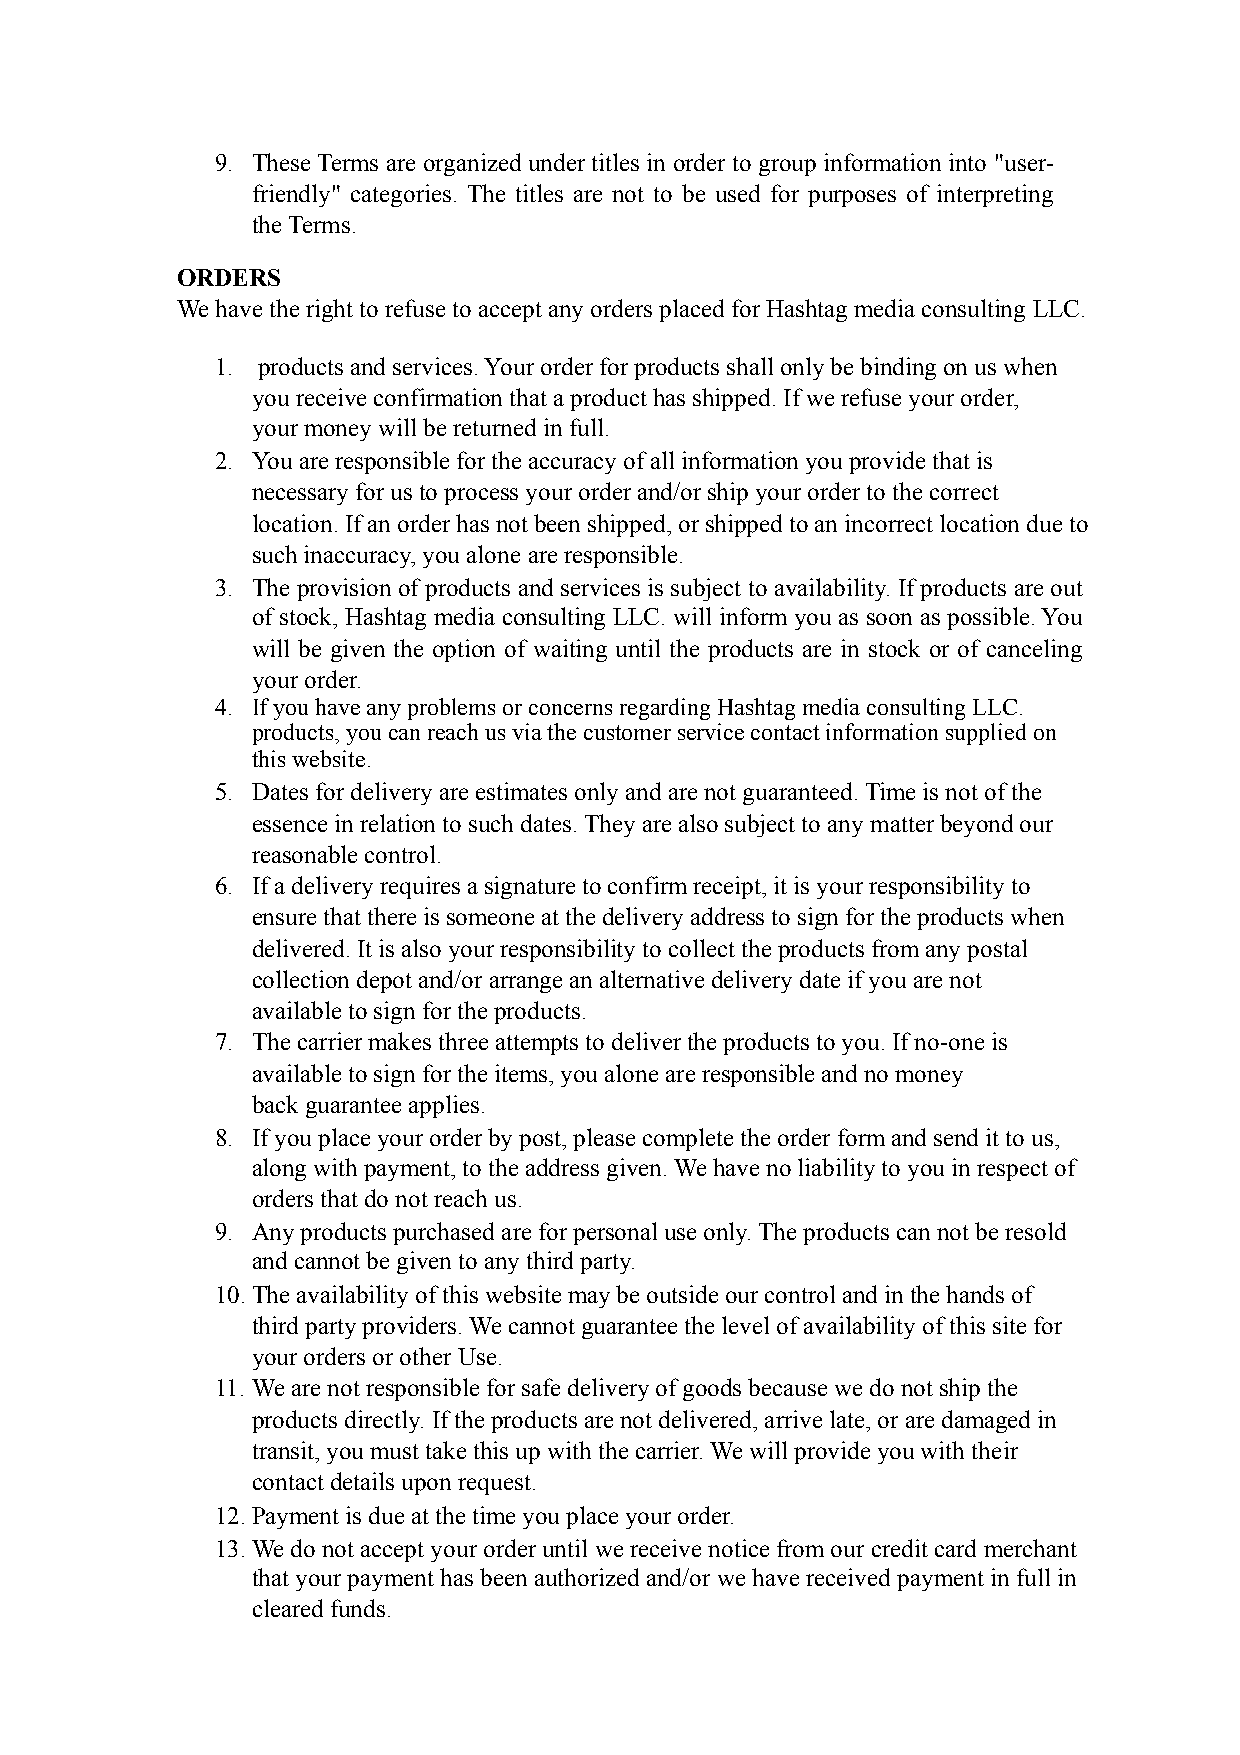
9. These Terms are organized under titles in order to group information into "user-
 friendly" categories. The titles are not to be used for purposes of interpreting
 the Terms.
 ORDERS
 We have the right to refuse to accept any orders placed for Hashtag media consulting LLC.
 1. products and services. Your order for products shall only be binding on us when
 you receive confirmation that a product has shipped. If we refuse your order,
 your money will be returned in full.
 2. You are responsible for the accuracy of all information you provide that is
 necessary for us to process your order and/or ship your order to the correct
 location. If an order has not been shipped, or shipped to an incorrect location due to
 such inaccuracy, you alone are responsible.
 3. The provision of products and services is subject to availability. If products are out
 of stock, Hashtag media consulting LLC. will inform you as soon as possible. You
 will be given the option of waiting until the products are in stock or of canceling
 your order.
 4. If you have any problems or concerns regarding Hashtag media consulting LLC.
 products, you can reach us via the customer service contact information supplied on
 this website.
 5. Dates for delivery are estimates only and are not guaranteed. Time is not of the
 essence in relation to such dates. They are also subject to any matter beyond our
 reasonable control.
 6. If a delivery requires a signature to confirm receipt, it is your responsibility to
 ensure that there is someone at the delivery address to sign for the products when
 delivered. It is also your responsibility to collect the products from any postal
 collection depot and/or arrange an alternative delivery date if you are not
 available to sign for the products.
 7. The carrier makes three attempts to deliver the products to you. If no-one is
 available to sign for the items, you alone are responsible and no money
 back guarantee applies.
 8. If you place your order by post, please complete the order form and send it to us,
 along with payment, to the address given. We have no liability to you in respect of
 orders that do not reach us.
 9. Any products purchased are for personal use only. The products can not be resold
 and cannot be given to any third party.
 10.The availability of this website may be outside our control and in the hands of
 third party providers. We cannot guarantee the level of availability of this site for
 your orders or other Use.
 11. We are not responsible for safe delivery of goods because we do not ship the
 products directly. If the products are not delivered, arrive late, or are damaged in
 transit, you must take this up with the carrier. We will provide you with their
 contact details upon request.
 12.Payment is due at the time you place your order.
 13.We do not accept your order until we receive notice from our credit card merchant
 that your payment has been authorized and/or we have received payment in full in
 cleared funds.